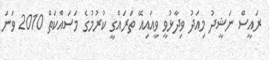
ރައީސް ނަޝީދު މިއަދު ވިދާޅުވީ ވީއައިއޭ ތަރައްގީ ކުރުމުގެ މަސައްކަތް 2010 ވަނަ